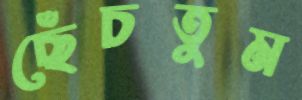
ছেঁচতুম